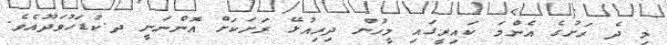
މި ދެ ރަށުގެ އެންމަ ކައިރީގައި މީހުން ދިރިއުޅޭ ރަށަކަށް އޮންނަނީ ދ.ކުޑަހުވަދޫއެވެ.